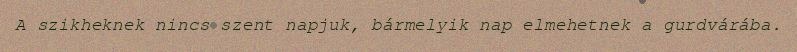
A szikheknek nincs szent napjuk, bármelyik nap elmehetnek a gurdvárába.